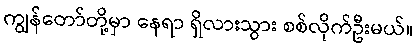
ကျွန်တော်တို့မှာ နေရာ ရှိလားသွား စစ်လိုက်ဦးမယ်။